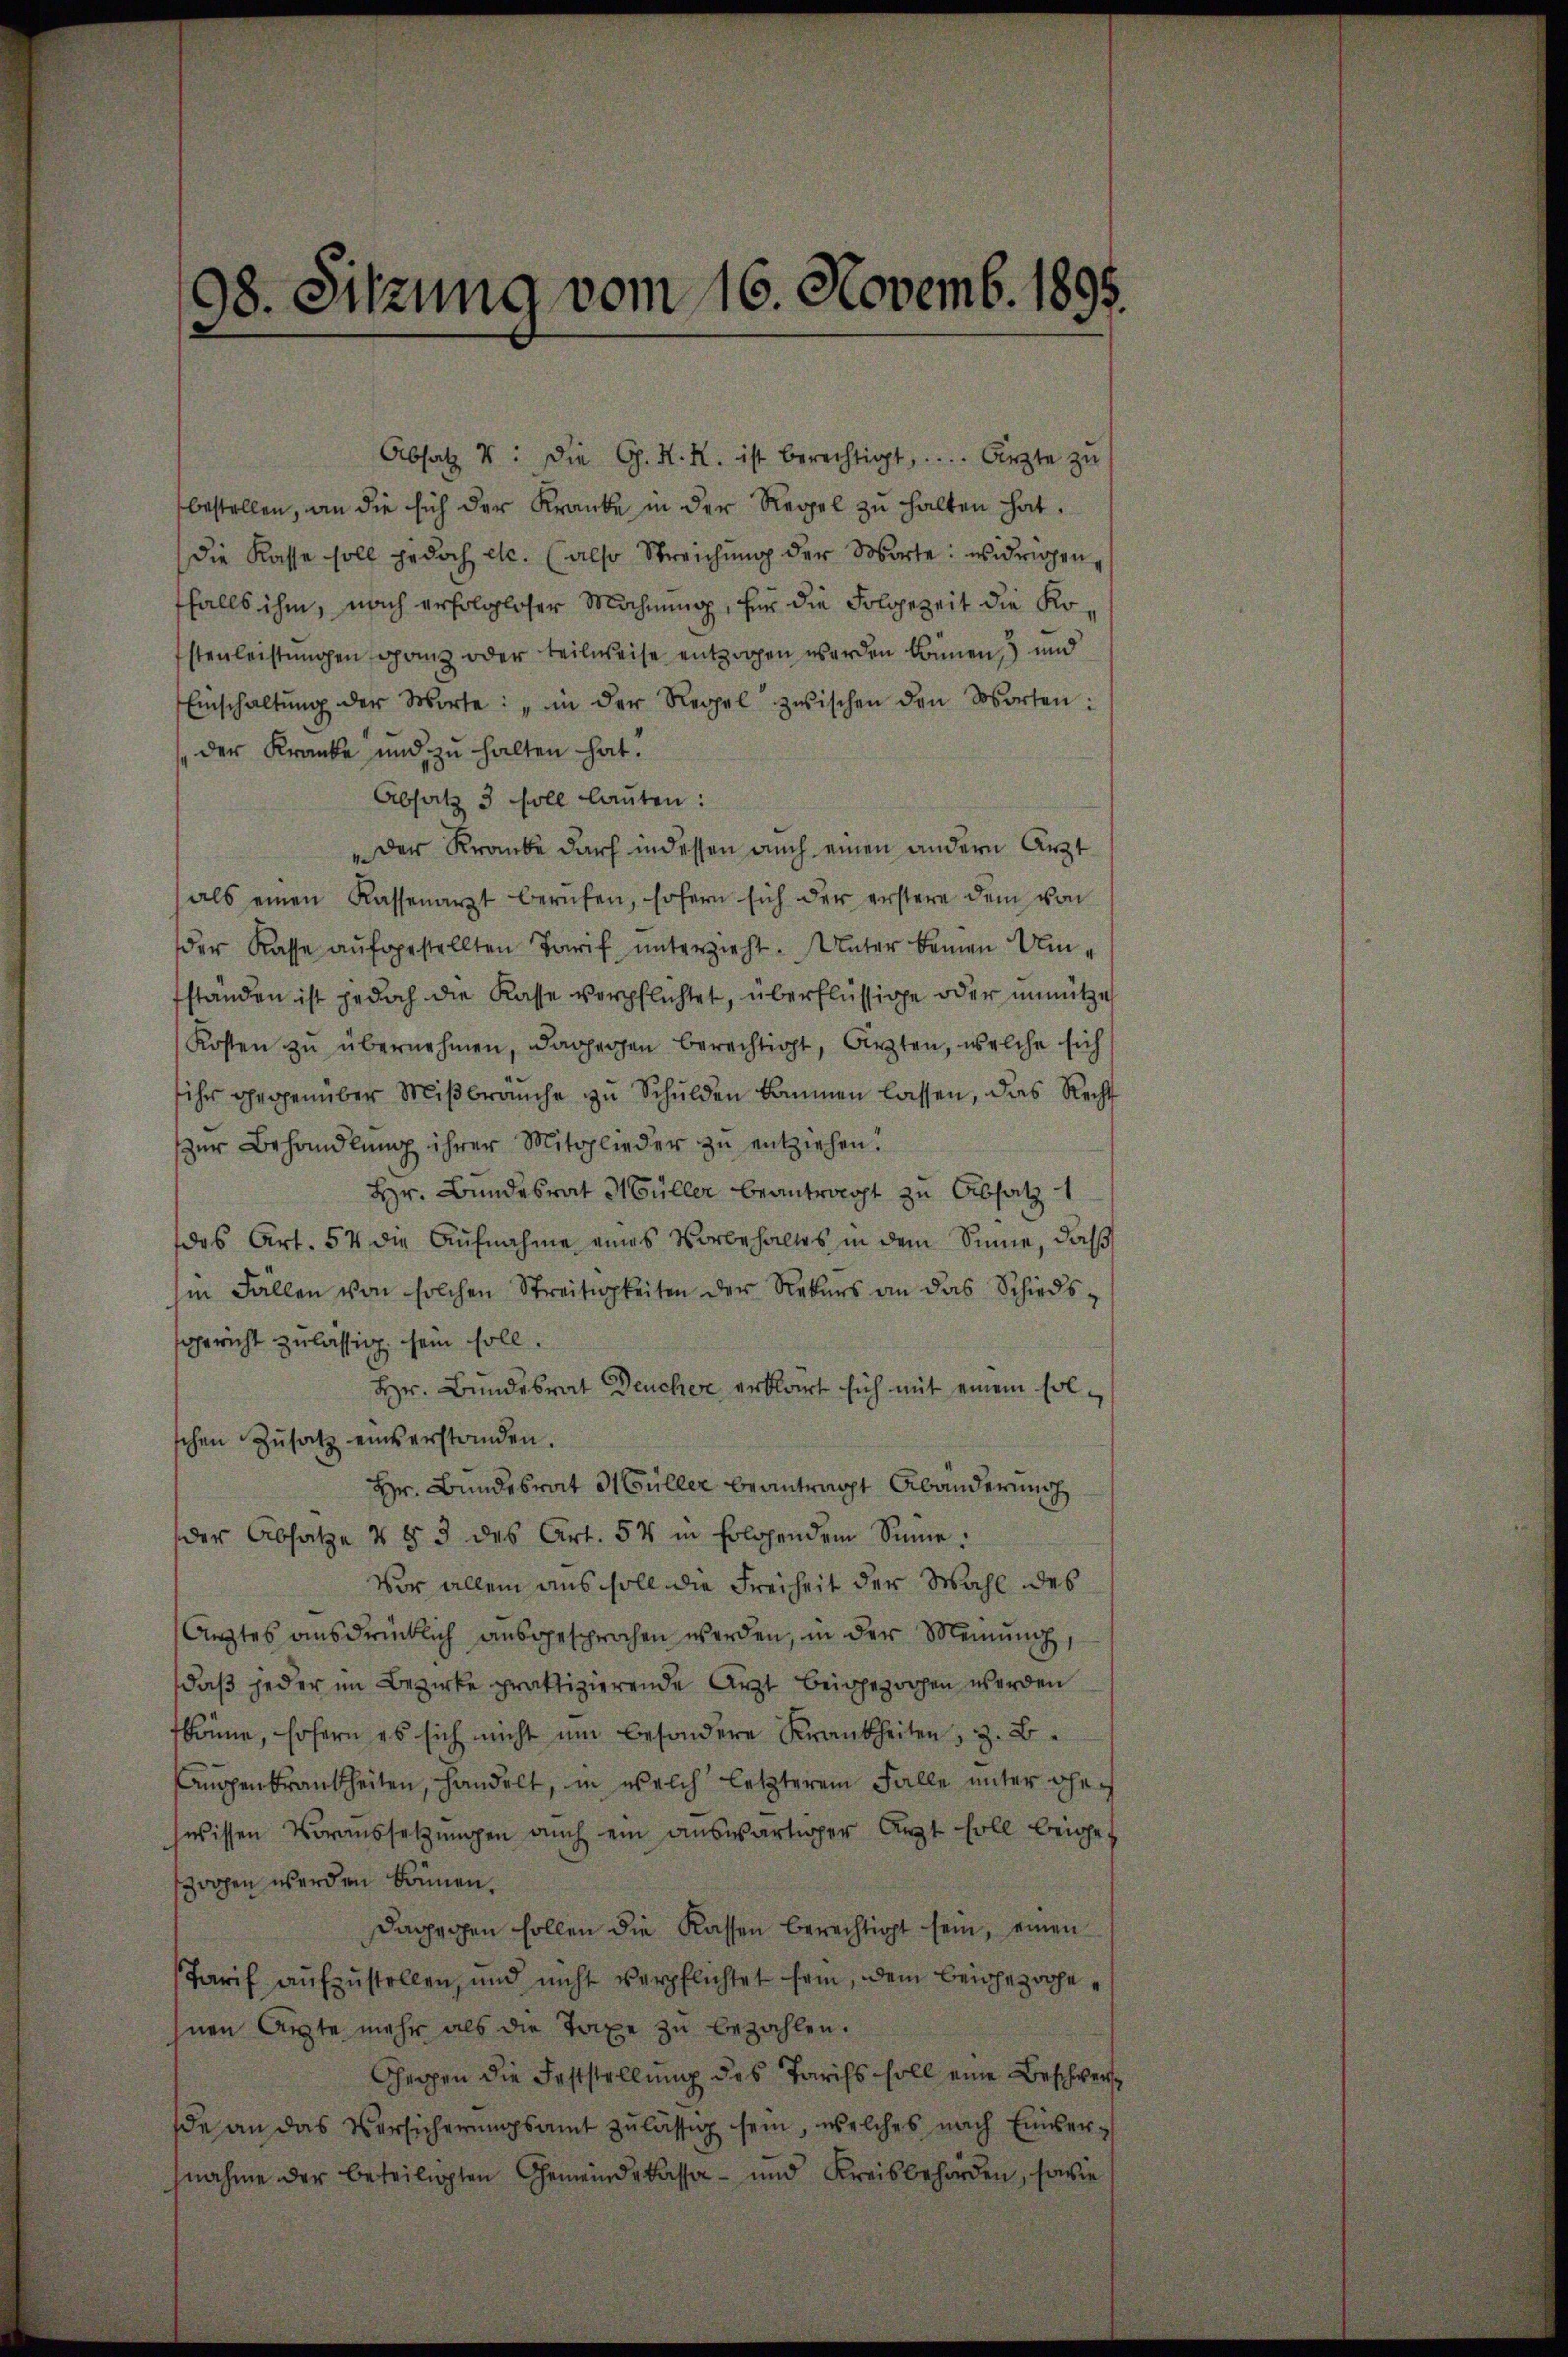
bestellen, an die sich der Kranke in der Regel zu halten hat.
die Kasse soll jedoch etc. (also Streichŭng der Worte: widrigen,
ffalls ihm, nach erfolgloser Mahnung, für die Folgezeit die Ko¬
Estenleistungen ganz oder teilweise entzogen werden können, und
Einschaltŭng der Worte: „in der Regel zwischen den Worten:
der Kranke und zu halten hat.
Absatz 3 soll lauten:
"der Kranke darf in dessen auch einen andern Ärzt
als einen Kassenarzt berŭfen, sofern sich der erstere dem von
der Kasse aŭfgestellten Tarif ŭnterzieht. Unter keinen Umfstanden ist jedoch die Kasse verpflichtet, überflüssige oder unnütze
Kosten zŭ übernehmen, dagegen berechtigt, Arzten, welche sich
ihr gegenüber Miβbraŭche zu Schulden kommen lassen, das Recht
zŭr Behandlŭng ihrer Mitglieder zŭ entziehen.
Hr. Bundesrat Müller beantragt zu Absatz 1
das Art. 54 die Aufnahme eines Vorbehaltes in dem Sinne, daß
in Fallen von solchen Streitigkeiten der Nebers an das Schiedssgericht zulässig, sein soll,
Hr. Bundesrat Deucher erklärt sich mit einem solschen Zŭsatz einverstanden.
Hr. Bundesrat Müller beantragt Abänderung
der Absatze & § 3 des Art. 54 in folgendem Sinne:
Vor allem aus soll die Freiheit der Wahl des
Arztes ausdrücklich ausgesprochen werden, in der Meinŭng
daß jeder im Bezirke praktizierende Arzt beigezochen werden
fkönne, sofern es sich nicht um besondere Krankheiten, z. B.
Augenkrankheiten, handelt, in welch letzterem Falle unter ohnes
wissen Voraussetzŭngen auch ein auswärtiger Arzt soll beigezwohen werden können.
dagegen sollen die Kassen berechtigt sein, einen
Tarif aŭfzŭstellen, und nicht verpflichtet sein, dem beigezogehnen Arzte mehr als die Taxe zŭ bezahlen.
Ghergen die Feststellung des Tarifs soll eine Beschwerde an das Versicherungsamt zulässig sein, welches nach Einvernahme der beteiligten Gemeindekassa - und Kreisbehörden, sowie

98. Sitzung vom 16. Novemb. 1895.

Absatz : die G. H. H. ist berechtigt, .... Ärzte zu